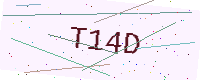
Text: T14D